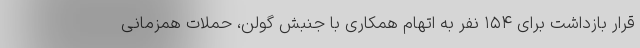
قرار بازداشت برای ۱۵۴ نفر به اتهام همکاری با جنبش گولن، حملات همزمانی